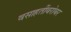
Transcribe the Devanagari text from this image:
वसाहतींबरोबर